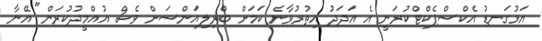
އަޅުގަނޑު އެކްސްޕެކްޓްކުރަނީ އެ އަދަދު އިތުރުވާނެ ކަމަށް ބްރިލިއަންސަށް ވެސް އުއްމީދުކުރަން" އޭނާ